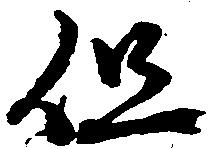
但